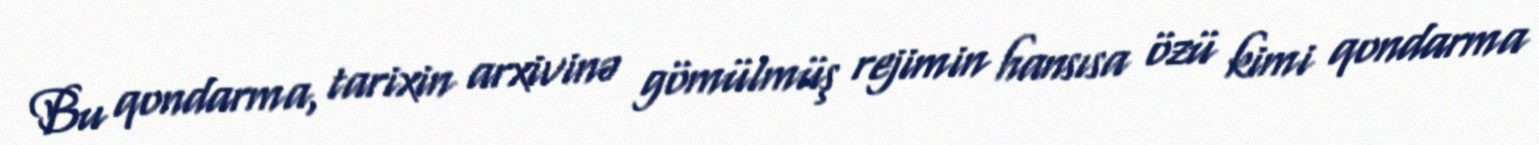
Bu qondarma, tarixin arxivinə gömülmüş rejimin hansısa özü kimi qondarma